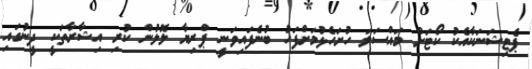
ޕެޓިޝަނަކާއެކު ކޯޓަށް މައްސަލަ ހުށަހެޅުމަށްފަހު ބުނެފައިވަނީ ޕްރިޔާ ލޮލުން ކުރި އިޝާރާތަކީ ދީނުގައި